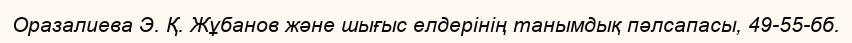
Оразалиева Э. Қ. Жұбанов және шығыс елдерінің танымдық пәлсапасы, 49-55-бб.